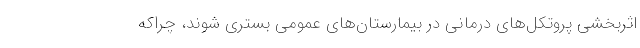
اثربخشی پروتکل‌های درمانی در بیمارستان‌های عمومی بستری شوند، چراکه